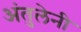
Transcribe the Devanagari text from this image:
अंतुलेनी